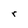
Character: r